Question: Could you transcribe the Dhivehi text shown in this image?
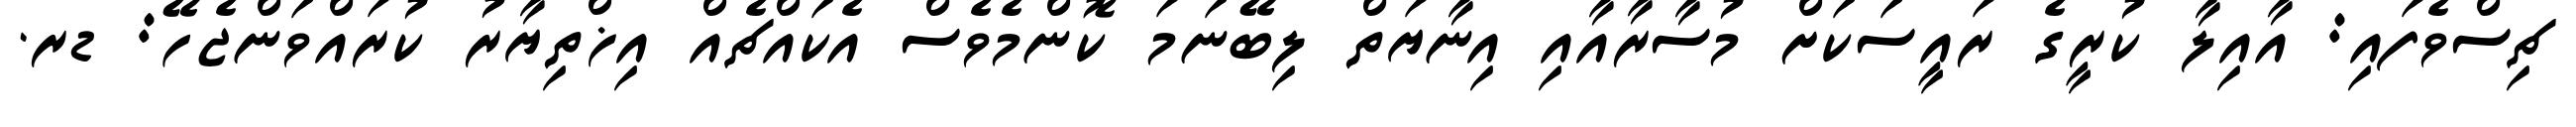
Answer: ޗިސްވެފައި: އާއިލާ ކުރީގެ ރައީސަކަށް މުސާރާއާއި އިނާޔަތް ލިބޭނަމަ ކޮންމެވެސް އެކައްޗެއް އިޚްތިޔާރު ކުރައްވަންޖެހޭ: ޑރ.